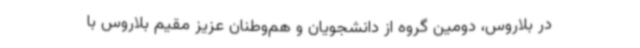
در بلاروس، دومین گروه از دانشجویان و هم‌وطنان عزیز مقیم بلاروس با